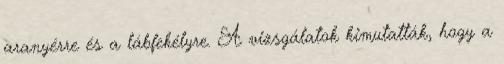
aranyérre és a lábfekélyre. A vizsgálatok kimutatták, hogy a